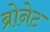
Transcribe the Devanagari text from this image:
ब्रोनेट